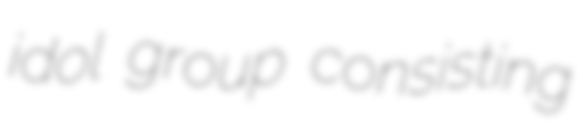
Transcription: idol group consisting